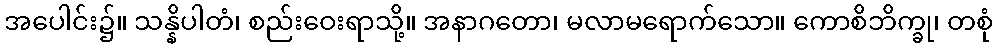
အပေါင်း၌။ သန္နိပါတံ၊ စည်းဝေးရာသို့။ အနာဂတော၊ မလာမရောက်သော။ ကောစိဘိက္ခု၊ တစုံ